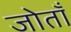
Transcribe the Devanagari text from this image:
जोताँ